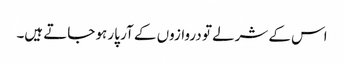
اس کے شرلے تو دروازوں کے آر پار ہو جاتے ہیں۔